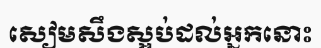
សៀមសឹងស្អប់ដល់អ្នកនោះ